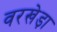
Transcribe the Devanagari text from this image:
वरखेड़ा